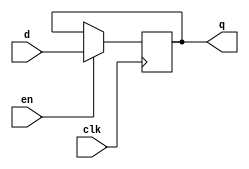
module register #(
	parameter WIDTH = 32
) (
	input                  clk, 
	input                  en,
	input [WIDTH-1:0]      d,
	output reg [WIDTH-1:0] q
);

always @(posedge clk) begin
	if (en)
		q <= d;
end

endmodule